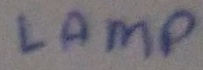
Text: LAMP